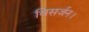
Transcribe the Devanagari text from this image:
विसर्जन।